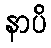
နာပိ